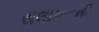
સલામતની